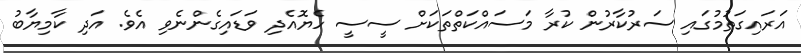
އަރައިގަތުމުގައި ސަރުކާރުން ކުރާ މަސައްކަތްތަކަށް ސީސީ ހެޔޮއެދި ވަޑައިގެންނެވި އެވެ. އަދި ކާމިޔާބު